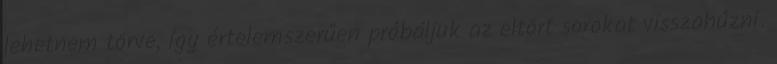
lehetnem törve, így értelemszerűen próbáljuk az eltört sorokat visszahúzni.